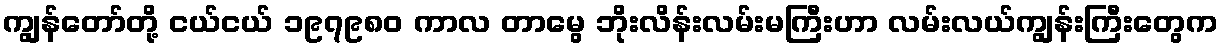
ကျွန်တော်တို့ ငယ်ငယ် ၁၉၇၉၈၀ ကာလ တာမွေ ဘိုးလိန်းလမ်းမကြီးဟာ လမ်းလယ်ကျွန်းကြီးတွေက